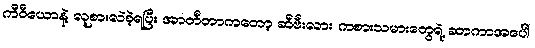
ကီဝီယောနဲ့ လူစားလဲခဲ့ရပြီး အာတီတာကတော့ ဆီဗီးလား ကစားသမားတွေရဲ့ ဆာကာအပေါ်